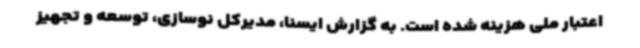
اعتبار ملی هزینه شده است. به گزارش ایسنا، مدیرکل نوسازی، توسعه و تجهیز